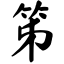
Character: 笫